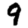
Digit: 9